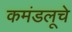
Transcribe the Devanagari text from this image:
कमंडलूचे